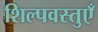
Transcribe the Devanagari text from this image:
शिल्पवस्तुएँ